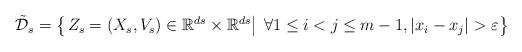
LaTeX: \begin{align*}\begin{aligned}& \tilde{\mathcal{D}}_s = \left\{ \left. Z_s = (X_s,V_s) \in\mathbb{R}^{ds}\times\mathbb{R}^{ds} \right| \; \forall 1\leq i < j \leq m-1, |x_i-x_j| > \varepsilon \right\} \\\end{aligned}\end{align*}